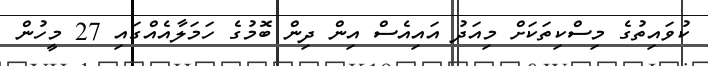
ކުވައިތުގެ މިސްކިތަކަށް މިއަދު އައިއެސް އިން ދިން ބޮމުގެ ހަމަލާއެއްގައި 27 މީހުން